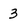
Character: 3